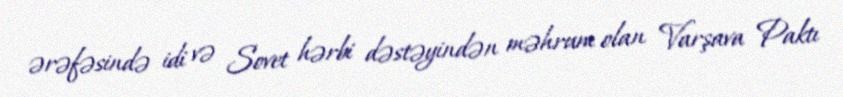
ərəfəsində idi və Sovet hərbi dəstəyindən məhrum olan Varşava Paktı